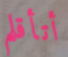
أتأقلم